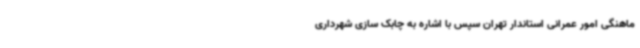
ماهنگی امور عمرانی استاندار تهران سپس با اشاره به چابک سازی شهرداری